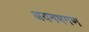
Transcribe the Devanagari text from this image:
अयनभगण